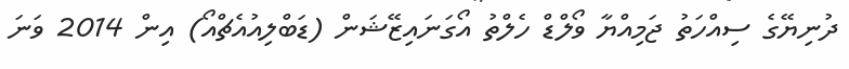
ދުނިޔޭގެ ސިއްހަތު ޖަމިއްޔާ ވޯލްޑް ހެލްތު އޯގަނައިޒޭޝަން (ޑަބްލިއުއެޗްއޯ) އިން 2014 ވަނަ